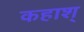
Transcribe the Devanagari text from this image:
कहाश्